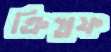
ক্রিস্তফ